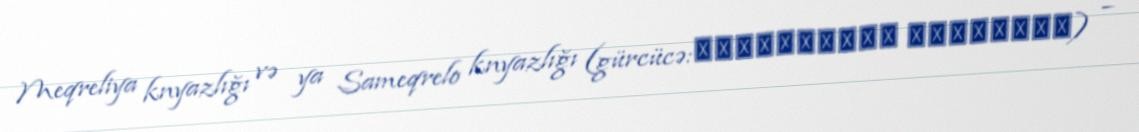
Meqreliya knyazlığı və ya Sameqrelo knyazlığı (gürcücə:სამეგრელოს სამთავრო) –